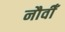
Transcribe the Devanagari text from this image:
नौवीँ